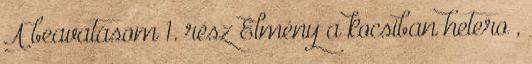
A beavatásom 1. rész Élmény a kocsiban hetero ,